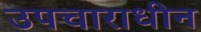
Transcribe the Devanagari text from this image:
उपचाराधीन